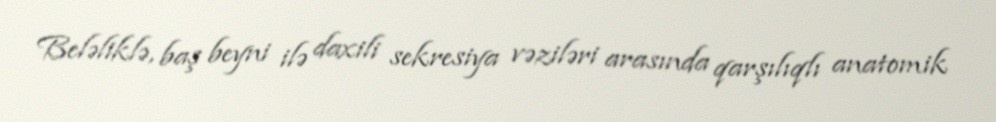
Beləliklə, baş beyni ilə daxili sekresiya vəziləri arasında qarşılıqlı anatomik